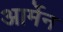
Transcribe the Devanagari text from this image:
आर्मेन